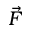
\vec { F }